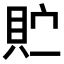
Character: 𫎓